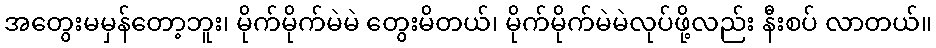
အတွေးမမှန်တော့ဘူး၊ မိုက်မိုက်မဲမဲ တွေးမိတယ်၊ မိုက်မိုက်မဲမဲလုပ်ဖို့လည်း နီးစပ် လာတယ်။